Indian journal of veterinary science and animal husbandry - Volume 13,
Year: 1943
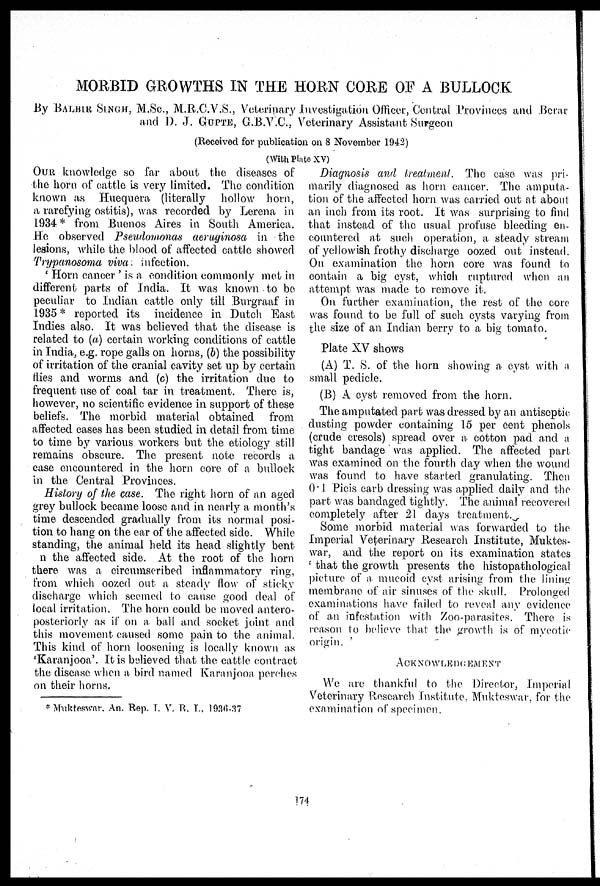
MORBID GROWTHS IN THE HORN CORE OF A BULLOCK
By BALBIR SINGH, M.Sc., M.R.C.V.S., Veterinary Investigation Officer, Central Provinces and Berar
and D. J. GUPTE, G.B.V.C., Veterinary Assistant Surgeon
(Received for publication on 8 November 1942)
(With Plate XV)
OUR knowledge so far about the diseases of
the horn of cattle is very limited. The condition
known as Huequera (literally hollow horn,
a rarefying ostitis), was recorded by Lerena in
1934 * from Buenos Aires in South America.
He observed Pseudomonas aeruginosa in the
lesions, while the blood of affected cattle showed
Trypanosoma viva infection.
' Horn cancer ' is a condition commonly met in
different parts of India. It was known to be
peculiar to Indian cattle only till Burgraaf in
1935 * reported its incidence in Dutch East
Indies also. It was believed that the disease is
related to (a) certain working conditions of cattle
in India, e.g. rope galls on horns, (b) the possibility
of irritation of the cranial cavity set up by certain
flies and worms and (c) the irritation due to
frequent use of coal tar in treatment. There is,
however, no scientific evidence in support of these
beliefs. The morbid material obtained from
affected cases has been studied in detail from time
to time by various workers but the etiology still
remains obscure. The present note records a
case encountered in the horn core of a bullock
in the Central Provinces.
History of the case. The right horn of an aged
grey bullock became loose and in nearly a month's
time descended gradually from its normal posi-
tion to hang on the ear of the affected side. While
standing, the animal held its head slightly bent
n the affected side. At the root of the horn
there was a circumscribed inflammatory ring,
from which oozed out a steady flow of sticky
discharge which seemed to cause good deal of
local irritation. The horn could be moved antero-
posteriorly as if on a. ball and socket joint and
this movement caused some pain to the animal.
This kind of horn loosening is locally known as
'Karanjooa'. It is believed that the cattle contract
the disease when a bird named Karanjooa perches
on their horns.
Diagnosis and treatment. The case was pri-
marily diagnosed as horn cancer. The amputa-
tion of the affected horn was carried out at about
an inch from its root. It was surprising to find
that instead of the usual profuse bleeding en-
countered at such operation, a steady stream
of yellowish frothy discharge oozed out instead.
On examination the horn core was found to
contain a big cyst, which ruptured when an
attempt was made to remove it.
On further examination, the rest of the core
was found to be full of such cysts varying from
the size of an Indian berry to a big tomato.
Plate XV shows
(A) T. S. of the horn showing a cyst with a
small pedicle.
(B) A cyst removed from the horn.
The amputated part was dressed by an antiseptic
dusting powder containing 15 per cent phenols
(crude cresols) spread over a cotton pad and a
tight bandage was applied. The affected part
was examined on the fourth day when the wound
was found to have started granulating. Then
0.1 Picis carb dressing was applied daily and the
part was bandaged tightly. The animal recovered
completely after 21 days treatment.
Some morbid material was forwarded to the
Imperial Veterinary Research Institute, Muktes-
war, and the report on its examination states
' that the growth presents the histopathological
picture of a mucoid cyst arising from the lining
membrane of air sinuses of the skull. Prolonged
examinations have failed to reveal any evidence
of an infestation with Zoo-parasites. There is
reason to believe that the growth is of mycotic
origin.
ACKNOWLEDGMENT
We are thankful to the Director, Imperial
Veterinary Research Institute, Mukteswar, for the
examination of specimen.
* Mukteswar, An. Rep. I. V. R. L., 1936-37
174